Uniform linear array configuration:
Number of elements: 32
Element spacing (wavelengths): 0.5
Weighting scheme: hann
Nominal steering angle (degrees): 0
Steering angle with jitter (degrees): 0.5169
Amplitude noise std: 0.05
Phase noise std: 0.05

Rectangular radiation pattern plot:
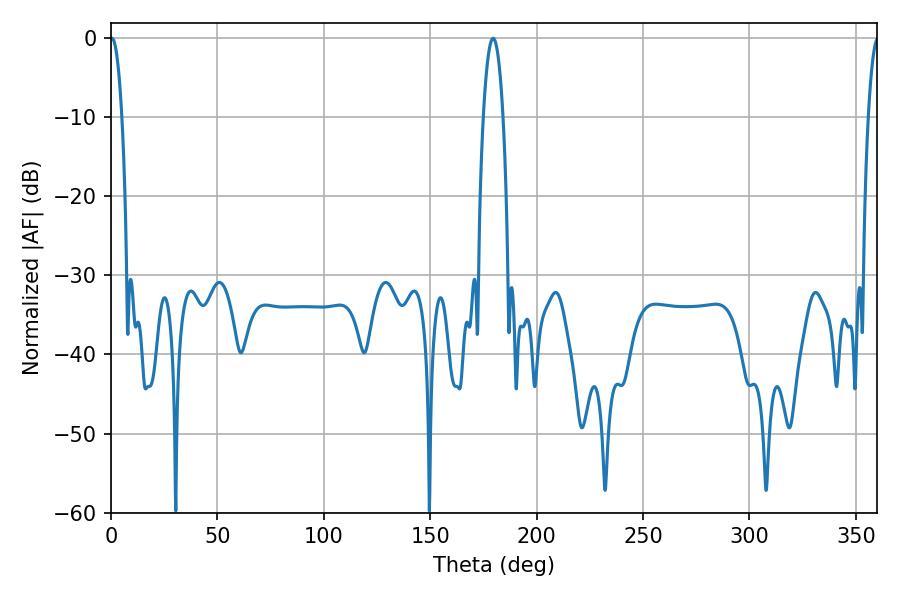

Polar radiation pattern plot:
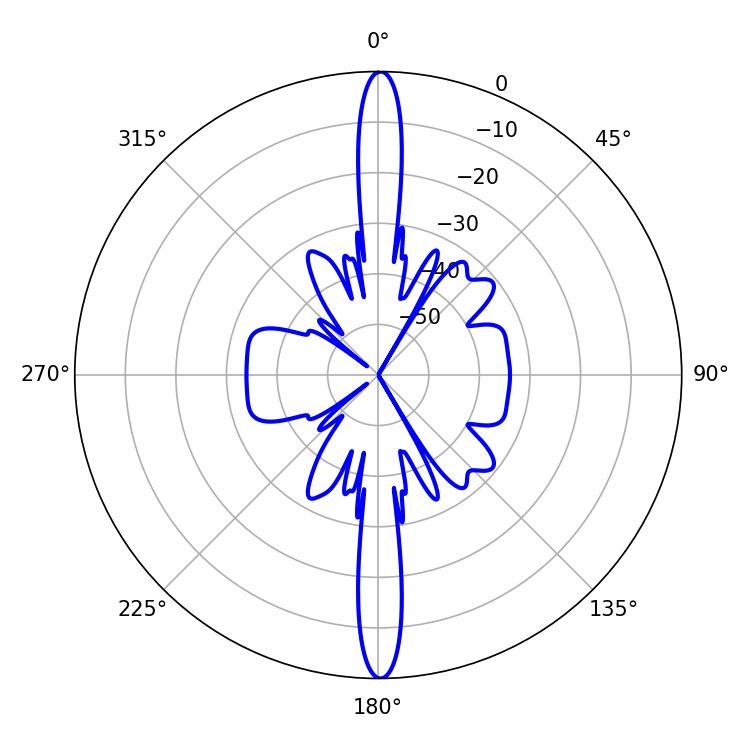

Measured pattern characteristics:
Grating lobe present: FALSE
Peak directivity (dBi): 30.417
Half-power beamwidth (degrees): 3.06
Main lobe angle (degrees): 0.36